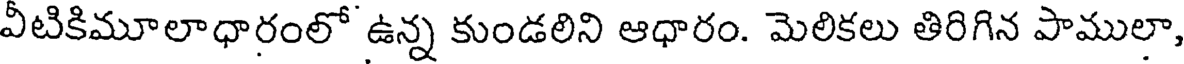
వీటికిమూలాధారంలో ఉన్న కుండలిని ఆధారం. మెలికలు తిరిగిన పాములా,